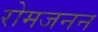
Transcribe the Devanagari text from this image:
रोमजनन